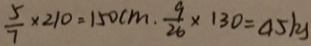
\frac { 5 } { 7 } \times 2 1 0 = 1 5 0 c m . \frac { 9 } { 2 6 } \times 1 3 0 = 4 5 k